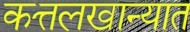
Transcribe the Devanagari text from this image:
कत्तलखान्यात